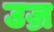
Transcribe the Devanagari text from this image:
उज्र